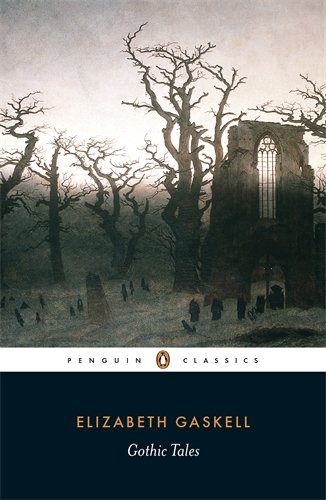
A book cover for Gothic Tales (Penguin Classics); Elizabeth Gaskell; Literature & Fiction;